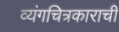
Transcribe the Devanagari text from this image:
व्यंगचित्रकाराची